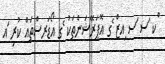
ްކ ަސ ަސ ިއޒް ެގ އޮޕަރޭޝަންތަކު ެގ އޯޑަރސްތައް ކުރި ައ